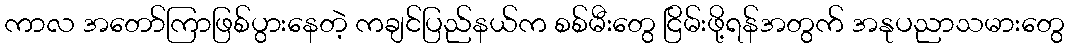
ကာလ အတော်ကြာဖြစ်ပွားနေတဲ့ ကချင်ပြည်နယ်က စစ်မီးတွေ ငြိမ်းဖို့ရန်အတွက် အနုပညာသမားတွေ